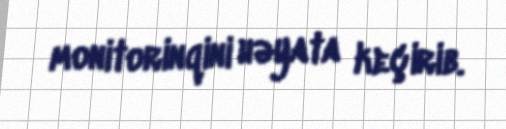
monitorinqini həyata keçirib.